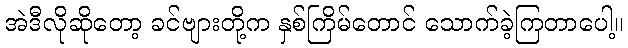
အဲဒီလိုဆိုတော့ ခင်ဗျားတို့က နှစ်ကြိမ်တောင် သောက်ခဲ့ကြတာပေါ့။